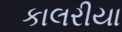
કાલરીયા